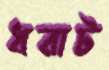
ধরাট